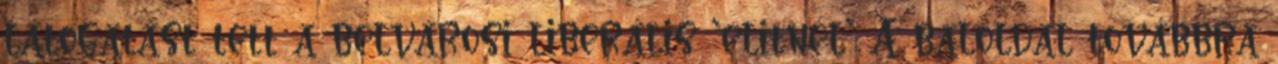
látogatást tett a belvárosi liberális 'elitnél' A baloldal továbbra